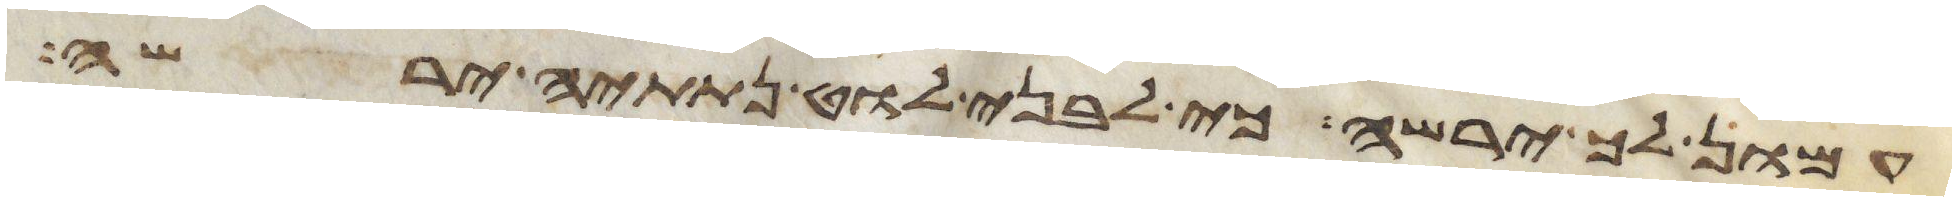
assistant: עמון לך ירשה כי לבני לוט נתתיה ירשה